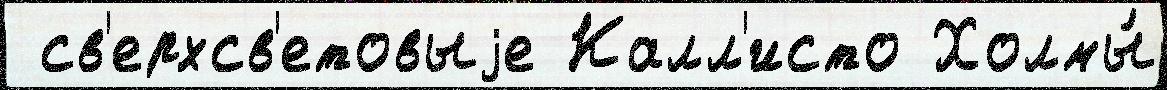
 св'ерхсв'етовыjе Калл'исто Холмы́